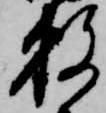
数